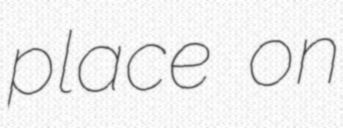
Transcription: place on